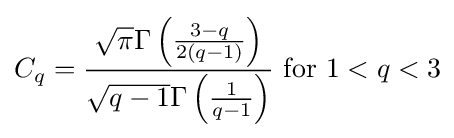
C_{q}={{{\sqrt {\pi }}\Gamma \left({3-q \over 2(q-1)}\right)} \over {{\sqrt {q-1}}\Gamma \left({1 \over q-1}\right)}}{\text{ for }}1<q<3